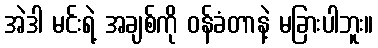
အဲဒါ မင်းရဲ့ အချစ်ကို ဝန်ခံတာနဲ့ မခြားပါဘူး။